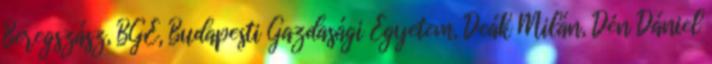
Beregszász, BGE, Budapesti Gazdasági Egyetem, Deák Milán, Dén Dániel